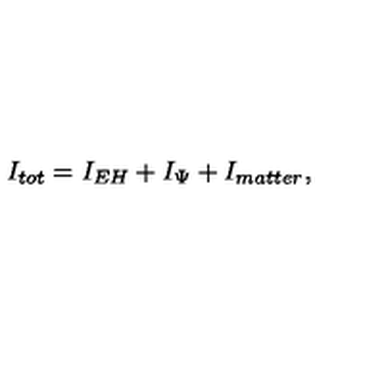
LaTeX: I _ { t o t } = I _ { E H } + I _ { \Psi } + I _ { m a t t e r } ,